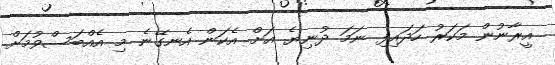
އީރާނުން މަކަރު ހަދައިފި ނަމަ ދުނިޔެ އަށް އެކަން އެނގޭނެ މި އެއްބަސްވުމަށް